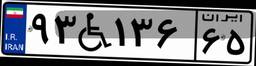
۹۳W۱۳۶۶۵